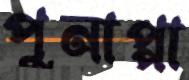
পুনাপ্পা